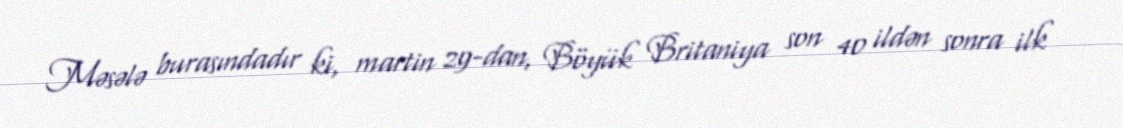
Məsələ burasındadır ki, martin 29-dan, Böyük Britaniya son 40 ildən sonra ilk